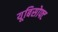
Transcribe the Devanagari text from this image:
यूबिसोफ्ट